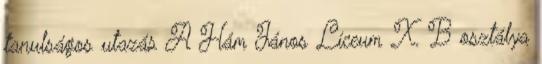
tanulságos utazás A Hám János Líceum X. B osztálya